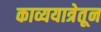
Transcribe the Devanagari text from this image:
काव्ययात्रेतून